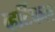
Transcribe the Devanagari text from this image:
व्हर्टिकल